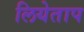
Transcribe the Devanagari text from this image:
लियेताप